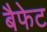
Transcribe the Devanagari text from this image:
बैफेट